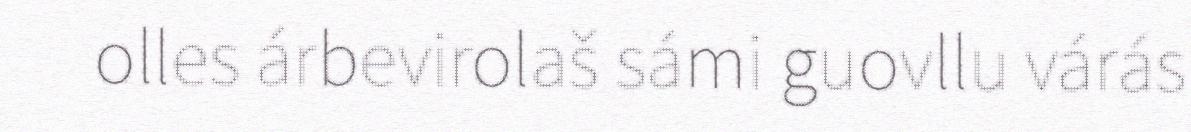
olles árbevirolaš sámi guovllu várás